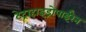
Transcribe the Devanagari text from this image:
टेट्राहाइड्रोपाईरेन